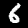
Label: 6